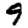
Digit: 9